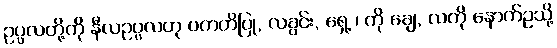
ဥပ္ပလတို့ကို နီလဥပ္ပလဟု ပကတိပြု, လခွင်း, ရှေ့ ၊ ကို ချေ, လကို နောက်ဥသို့